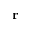
\mathbf { r }